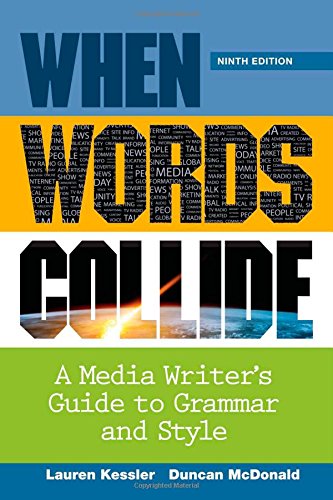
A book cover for When Words Collide; Lauren Kessler; Business & Money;